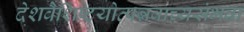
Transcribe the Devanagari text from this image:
देशवैशिष्टयोत्पन्नवाच्यसंभवा